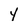
Character: Y